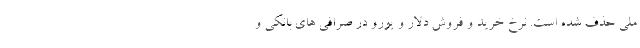
ملی حذف شده است. نرخ خرید و فروش دلار و یورو در صرافی های بانکی و